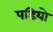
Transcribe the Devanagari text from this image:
पडियो